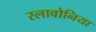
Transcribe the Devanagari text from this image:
स्लावोनिया